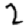
Digit: 2